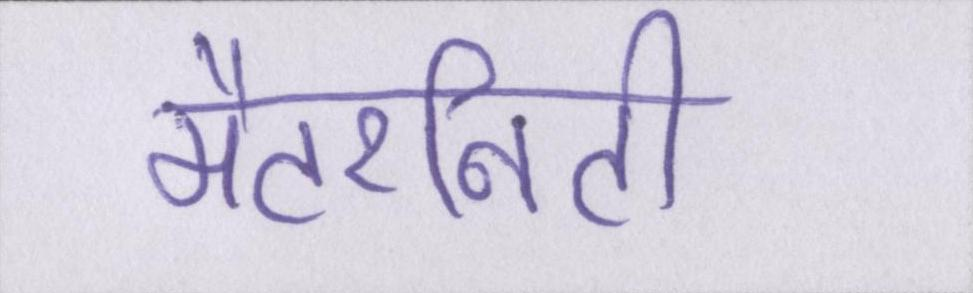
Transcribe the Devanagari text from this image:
मैटरनिटी